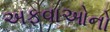
અફવાઓનો